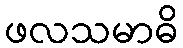
ဖလသမာဓိ